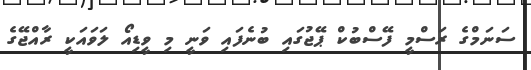
ސަނަމްގެ ރަސްމީ ފޭސްބުކް ޕޭޖުގައި ބުނެފައި ވަނީ މި ވީޑިއޯ ލަވައަކީ ރާއްޖޭގެ